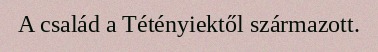
A család a Tétényiektől származott.